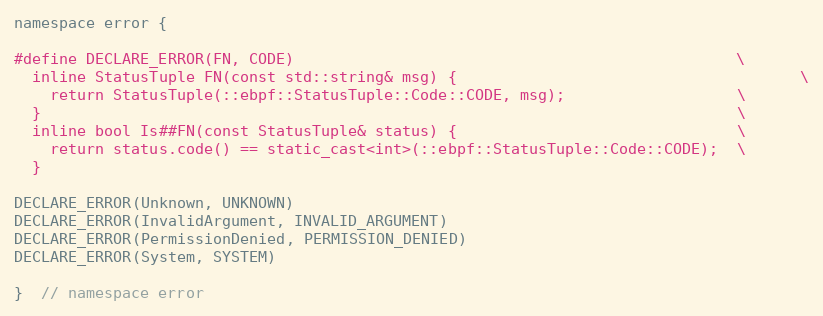
Language: C
namespace error {

#define DECLARE_ERROR(FN, CODE)                                                 \
  inline StatusTuple FN(const std::string& msg) {                                      \
    return StatusTuple(::ebpf::StatusTuple::Code::CODE, msg);                   \
  }                                                                             \
  inline bool Is##FN(const StatusTuple& status) {                               \
    return status.code() == static_cast<int>(::ebpf::StatusTuple::Code::CODE);  \
  }

DECLARE_ERROR(Unknown, UNKNOWN)
DECLARE_ERROR(InvalidArgument, INVALID_ARGUMENT)
DECLARE_ERROR(PermissionDenied, PERMISSION_DENIED)
DECLARE_ERROR(System, SYSTEM)

}  // namespace error